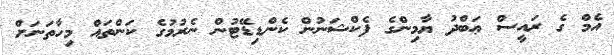
އެމް ގެ ރައީސް ޢަބްދު ޔާމިންގެ ފެކްޝަނުން ކެންޑިޑޭޓުން ނެރުމުގެ ކަންތައް މިހާތަނަށް